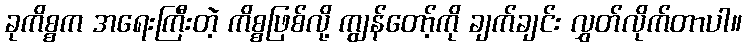
ခုကိစ္စက အရေးကြီးတဲ့ ကိစ္စဖြစ်လို့ ကျွန်တော့်ကို ချက်ချင်း လွှတ်လိုက်တာပါ။